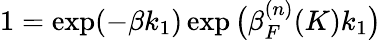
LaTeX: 1=\exp(-\beta k_{1})\exp\big(\beta_{F}^{(n)}(K)k_{1}\big)